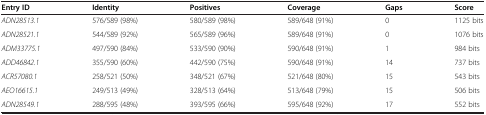
| Entry ID | Identity | Positives | Coverage | Gaps | Score |
 | --- | --- | --- | --- | --- | --- |
 | ADN28513.1 | 576/589 (98%) | 580/589 (98%) | 589/648 (91%) | 0 | 1125 bits |
 | ADN28521.1 | 544/589 (92%) | 565/589 (96%) | 589/648 (91%) | 0 | 1076 bits |
 | ADM33775.1 | 497/590 (84%) | 533/590 (90%) | 590/648 (91%) | 1 | 984 bits |
 | ADD46842.1 | 355/590 (60%) | 442/590 (75%) | 590/648 (91%) | 14 | 737 bits |
 | ACR57080.1 | 258/521 (50%) | 348/521 (67%) | 521/648 (80%) | 15 | 543 bits |
 | AEO16615.1 | 249/513 (49%) | 328/513 (64%) | 513/648 (79%) | 15 | 506 bits |
 | ADN28549.1 | 288/595 (48%) | 393/595 (66%) | 595/648 (92%) | 17 | 552 bits |